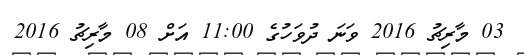
03 މާރިޗު 2016 ވަނަ ދުވަހުގެ 11:00 އަށް 08 މާރިޗު 2016